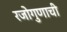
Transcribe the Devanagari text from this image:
रजोगुणाची